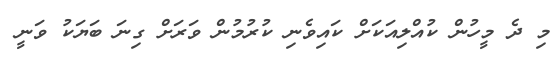
މި ދެ މީހުން ކުއްލިއަކަށް ކައިވެނި ކުރުމުން ވަރަށް ގިނަ ބަޔަކު ވަނީ